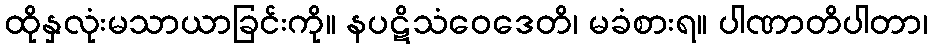
ထိုနှလုံးမသာယာခြင်းကို။ နပဋိသံဝေဒေတိ၊ မခံစားရ။ ပါဏာတိပါတာ၊